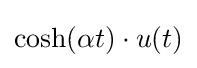
\cosh(\alpha t)\cdot u(t)